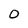
Character: 0